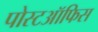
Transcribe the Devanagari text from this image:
पोस्टऑफिस